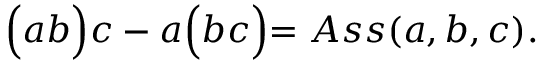
\Bigl ( a b \Bigl ) c - a \Bigl ( b c \Bigl ) = A s s ( a , b , c ) .